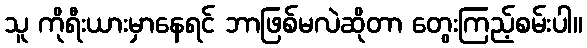
သူ ကိုရီးယားမှာနေရင် ဘာဖြစ်မလဲဆိုတာ တွေးကြည့်စမ်းပါ။